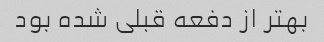
بهتر از دفعه قبلی شده بود